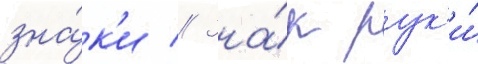
зна́к'и // Зна́к рук'и́